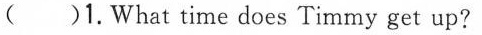
( )1.What time does Timmy get up?